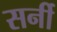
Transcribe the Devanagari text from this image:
सर्नी